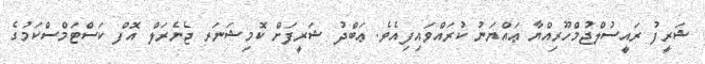
ޝަރީފު ރައީސުލްޖުމްހޫރިއްޔާ ޢައްޔަނު ކުރައްވައިފިއެވެ. ޢަބްދު ޝަރީފަށް ކޮމިޝަނަރ ޖެނެރަލް އޮފް ކަސްޓަމްސްކަމުގެ